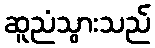
ဆူညံသွားသည်